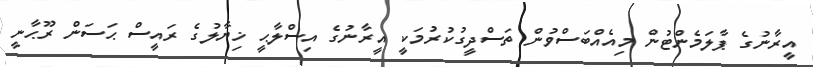
އީރާނުގެ ޕާލަމެންޓުން މިއެއްބަސްވުން ތަސްދީގުކުރުމަކީ އީރާނުގެ އިސްލާޙީ ޚިޔާލުގެ ރައީސް ޙަސަން ރޫޙާނީ